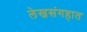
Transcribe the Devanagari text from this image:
लेखसंगहात